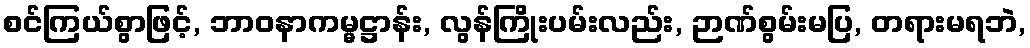
စင်ကြယ်စွာဖြင့်, ဘာဝနာကမ္မဋ္ဌာန်း, လွန်ကြိုးပမ်းလည်း, ဉာဏ်စွမ်းမပြ, တရားမရဘဲ,